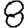
Digit: 8